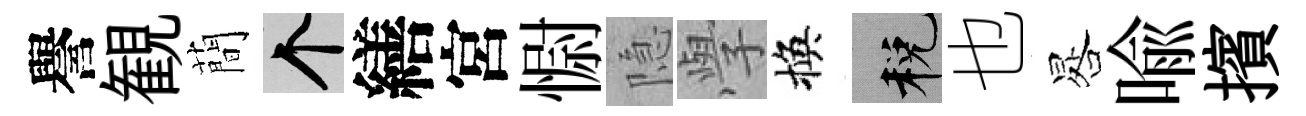
譽観蕳个繕宮𢠢隐𭓕換税也晷喩擯